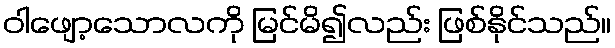
ဝါဖျော့သောလကို မြင်မိ၍လည်း ဖြစ်နိုင်သည်။